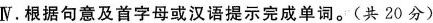
Ⅳ.根据句意及首字母或汉语提示完成单词.(共 20 分)